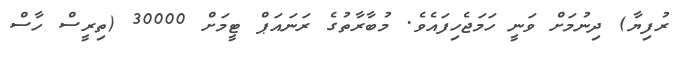
ރުފިޔާ) ދިނުމަށް ވަނީ ހަމަޖެހިފައެވެ. މުބާރާތުގެ ރަނައަޕް ޓީމަށް 30000 (ތިރީސް ހާސް